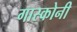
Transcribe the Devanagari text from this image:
गास्कोनी